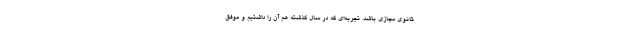
ثانوی مجازی باشد. تجربه‌ای که در سال گذشته هم آن را داشتیم و موفق